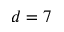
d = 7